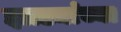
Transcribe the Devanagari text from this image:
झाड्यांच्या